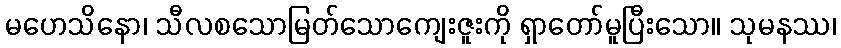
မဟေသိနော၊ သီလစသောမြတ်သောကျေးဇူးကို ရှာတော်မူပြီးသော။ သုမနဿ၊